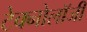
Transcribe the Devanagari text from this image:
टेक्नोलाॅजी